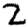
Digit: 2